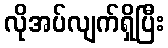
လိုအပ်လျက်ရှိပြီး